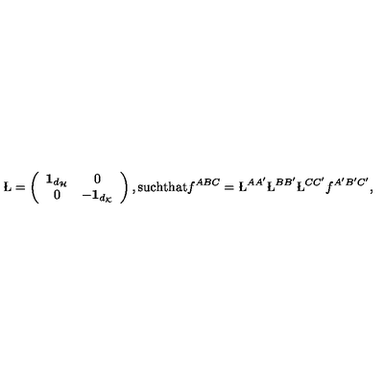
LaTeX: \L = \left( \begin{array} { c c } { { \bf 1 } _ { d _ { \cal H } } } & { 0 } \\ { 0 } & { - { \bf 1 } _ { d _ { \cal K } } } \\ \end{array} \right) , \mathrm { s u c h t h a t } f ^ { A B C } = \L ^ { A A ^ { \prime } } \L ^ { B B ^ { \prime } } \L ^ { C C ^ { \prime } } f ^ { A ^ { \prime } B ^ { \prime } C ^ { \prime } } ,